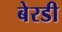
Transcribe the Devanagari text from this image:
बेरडी